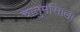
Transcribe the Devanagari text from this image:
चातुर्मासाला